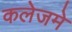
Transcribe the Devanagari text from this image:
कलेजमे